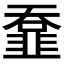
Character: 𩐄